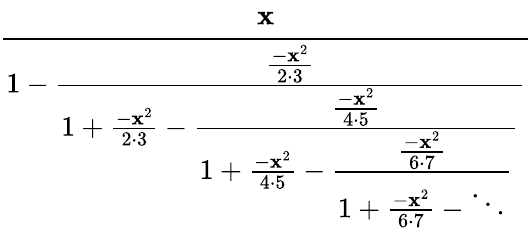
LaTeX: \cfrac{\mathbf{x}}{1-{\cfrac{\frac{{-\mathbf{x}^{2}}}{{2\cdot3}}}{1+{\frac{{-\mathbf{x}^{2}}}{{2\cdot3}}}-{\cfrac{\frac{{-\mathbf{x}^{2}}}{{4\cdot5}}}{1+{\frac{{-\mathbf{x}^{2}}}{{4\cdot5}}}-{\cfrac{\frac{{-\mathbf{x}^{2}}}{{6\cdot7}}}{1+{\frac{{-\mathbf{x}^{2}}}{{6\cdot7}}}-\ddots}}}}}}}